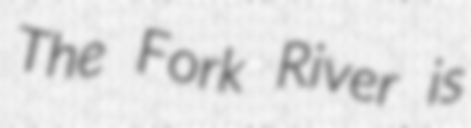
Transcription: The Fork River is